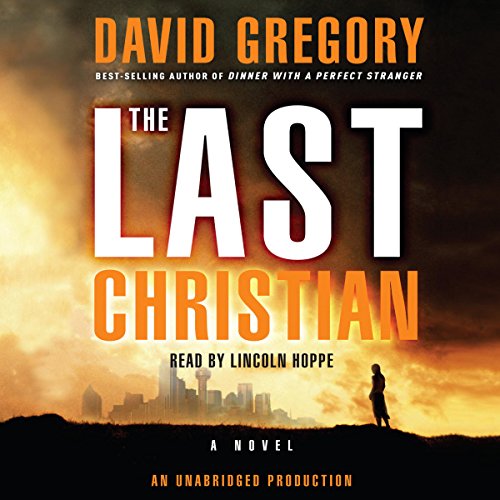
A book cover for The Last Christian: A Novel; David Gregory; Religion & Spirituality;